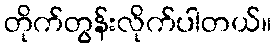
တိုက်တွန်းလိုက်ပါတယ်။